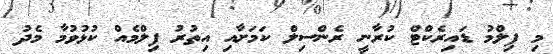
މި ފިލްމު ޑައިރެކްޓް ކުރާނީ ރެންސިލް ކަމަށާއި އިތުރު ފިލްމެއް ކުޅުވުމާ މެދު